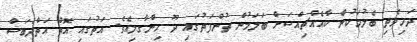
ދަހިވެތި ބެލުމަކުން ކާއެއްޗިއްސަށް ބަލަމުން ތުންފަތުގައި ދޫ ހިންގާލިއެވެ. އަތުގައި އޮތް އަތްދަބަސް